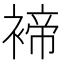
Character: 褅